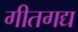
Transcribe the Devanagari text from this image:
गीतगद्य